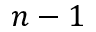
n - 1